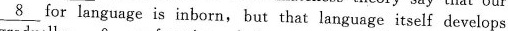
\underline{8} for language is inborn, but that language itself develops